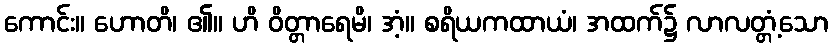
ကောင်း။ ဟောတိ၊ ၏။ ဟိ ဝိတ္တာရေမိ၊ အံ့။ စရိယကထာယံ၊ အထက်၌ လာလတ္တံ့သော